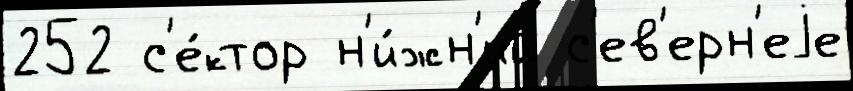
252 с'е́ктор н'и́жн'ий с'ев'ерн'еjе